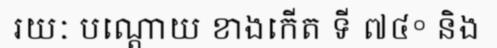
រយៈ បណ្តោយ ខាងកើត ទី ៧៤° និង